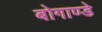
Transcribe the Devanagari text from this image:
बोगाण्डे